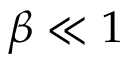
\beta \ll 1